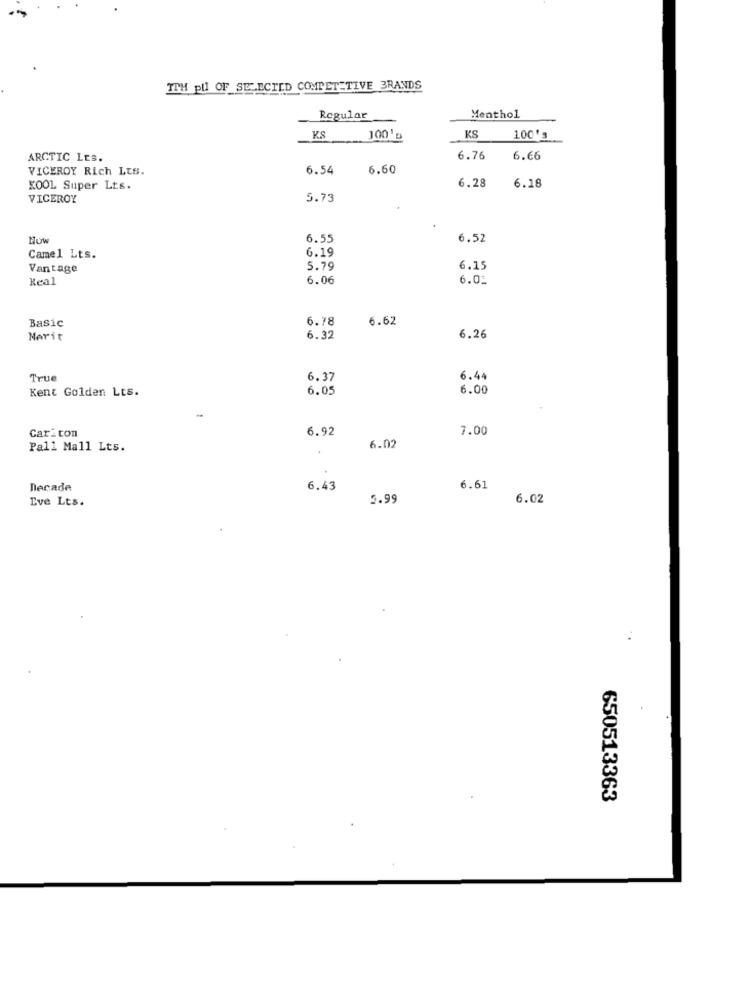
ITH pll OF SELECTED COMPETITIVE 3RANDS
Regular
Menthol
KS
1001
KS
100's
ARCTIC LES.
6.76
6.66
VICEROY Rich LtS.
6.54
6.60
KOOL Super Lts.
6.28
6.18
VICEROY
5.73
How
6.55
6.52
6.19
Camel Lts.
Vantage
5.79
6.15
Real
6.06
6.02
Basic
6.78
6.62
Merit
6.32
6.26
True
6.37
6.44
Kent Golden Lts.
6.05
6.00
Cariton
6.92
7.00
Pall Mall Lts.
6.02
Decade
6.43
6.61
Eve Lts.
5.99
6.02
:
650513363